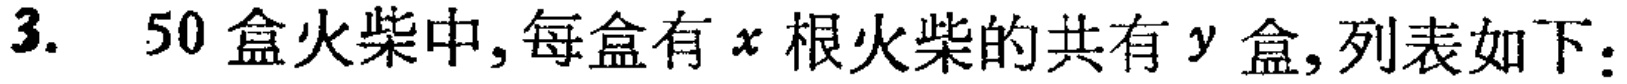
3. 50盒火柴中,每盒有$x$根火柴的共有$y$盒,列表如下：